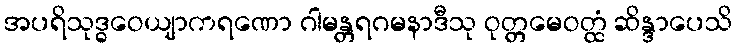
အပရိသုဒ္ဓဝေယျာကရဏော ဂါမန္တရဂမနာဒီသု ဝုတ္တမေဝတ္ထံ ဆိန္ဒာပေသိ